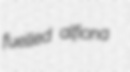
fuelled alfiona